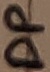
Text: DP